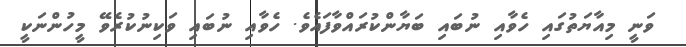
ވަނީ މިއާޔަތުގައި ހެވާއި ނުބައި ބަޔާންކުރައްވާފައެވެ. ހެވާއި ނުބައި ވަކިނުކުރެވޭ މީހުންނަކީ